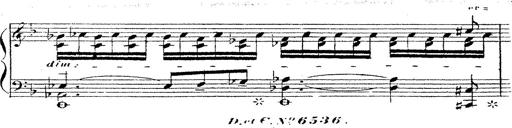
Title: 12 Lieder von Franz Schubert
Composer: Franz Liszt